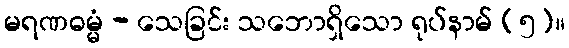
မရဏဓမ္မံ - သေခြင်း သဘောရှိသော ရုပ်နာမ် (၅)။